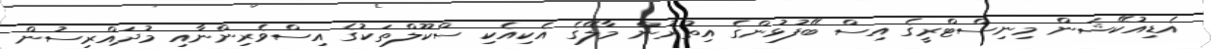
އެޑިއުކޭޝަން މިނިސްޓްރީގެ އިސް ބޭފުޅުންގެ އިތުރުން މާލޭގެ އެކިއެކި ސްކޫލްތަކުގެ އިސްވެރިންނާއި މުދައްރިސުން